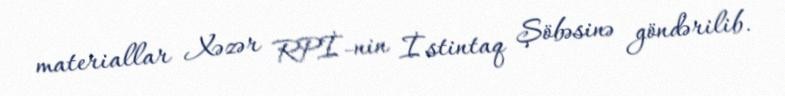
materiallar Xəzər RPİ-nin İstintaq Şöbəsinə göndərilib.